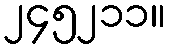
၂၄၅၂၁၁။